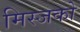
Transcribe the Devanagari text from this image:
मिस्जको